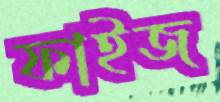
ফাইজ